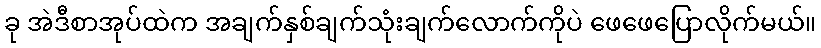
ခု အဲဒီစာအုပ်ထဲက အချက်နှစ်ချက်သုံးချက်လောက်ကိုပဲ ဖေဖေပြောလိုက်မယ်။